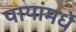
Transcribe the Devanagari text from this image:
पायांमधे